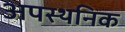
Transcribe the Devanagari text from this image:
अपस्थनिक